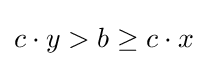
c\cdot y>b\geq c\cdot x